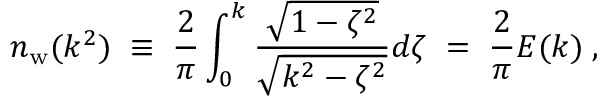
n _ { \mathrm { w } } ( k ^ { 2 } ) \; \equiv \; { \frac { 2 } { \pi } } \int _ { 0 } ^ { k } { \frac { \sqrt { 1 - \zeta ^ { 2 } } } { \sqrt { k ^ { 2 } - \zeta ^ { 2 } } } } d \zeta \; = \; { \frac { 2 } { \pi } } E ( k ) \; ,